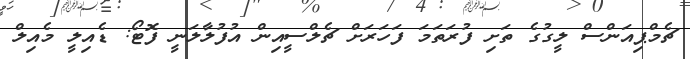
ޗެމްޕިއަންސް ލީގުގެ ތަށި ފުރަތަމަ ފަހަރަށް ޗެލްސީއިން އުފުލާލަނީ ފޮޓޯ: ޑެއިލީ މެއިލް